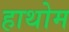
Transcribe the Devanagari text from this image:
हाथोम